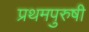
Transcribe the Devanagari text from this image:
प्रथमपुरुषी